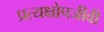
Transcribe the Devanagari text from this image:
प्रत्यक्षोपजीवी